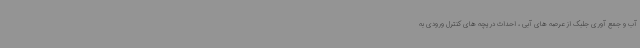
آب و جمع آوری جلبک از عرصه های آبی ، احداث دریچه های کنترل ورودی به